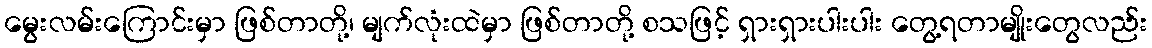
မွေးလမ်းကြောင်းမှာ ဖြစ်တာတို့၊ မျက်လုံးထဲမှာ ဖြစ်တာတို့ စသဖြင့် ရှားရှားပါးပါး တွေ့ရတာမျိုးတွေလည်း